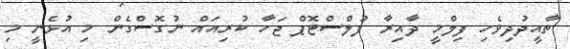
ތާއީދުދިވެހި ފިލްމީ ދާއިރާ ފުލްސްޓޮޕް ޖަހާ ކުރިއައް ނުގޮސްގެން މި އުޅެނީ މި